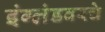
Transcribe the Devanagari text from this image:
इंग्लंडवरचे